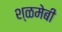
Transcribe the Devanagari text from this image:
श्ळमेबी